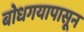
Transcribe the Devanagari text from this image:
बोधगयापासून